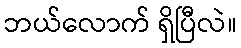
ဘယ်လောက် ရှိပြီလဲ။